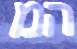
המ